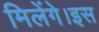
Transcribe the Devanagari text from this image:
मिलेंगे।इस